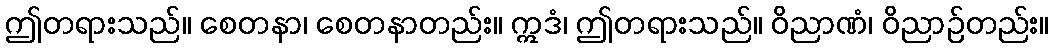
ဤတရားသည်။ စေတနာ၊ စေတနာတည်း။ ဣဒံ၊ ဤတရားသည်။ ဝိညာဏံ၊ ဝိညာဉ်တည်း။